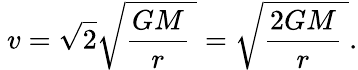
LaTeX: \ v={\sqrt{2}}{\sqrt{{\frac{GM}{r}}\ }}={\sqrt{{\frac{2GM}{r}}\ }}.